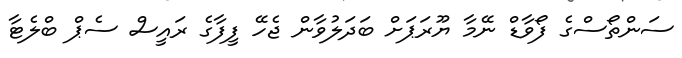
ސަންތޯސްގެ ފޯވާޑް ނޭމާ ޔޫރަޕަށް ބަދަލުވާން ޖެހޭ ފީފާގެ ރައީސް ސެޕް ބްލެޓާ